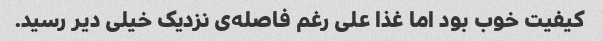
کیفیت خوب بود اما غذا علی رغم فاصله‌ی نزدیک خیلی دیر رسید.